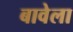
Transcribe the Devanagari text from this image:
बावेला